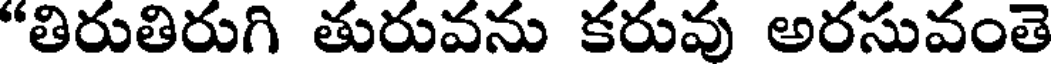
"తిరుతిరుగి తురువను కరువు అరసువంతె